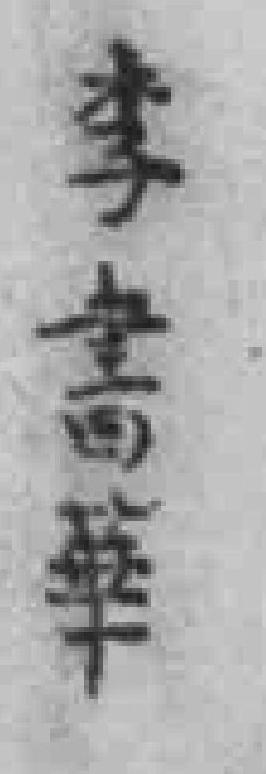
李書華